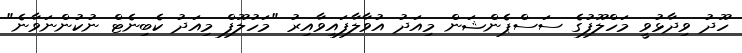
ހޫދު ވިދާޅުވީ މަހްލޫފުގެ ސަސްޕެންޝަން މިއަދު އުވާލާފައިވާއިރު "މަހުލޫފް މިއަދު ކެބިނެޓް ނުކުންނަވާނެ"